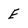
Character: E